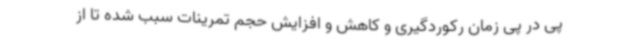
پی در پی زمان رکوردگیری و کاهش و افزایش حجم تمرینات سبب شده تا از